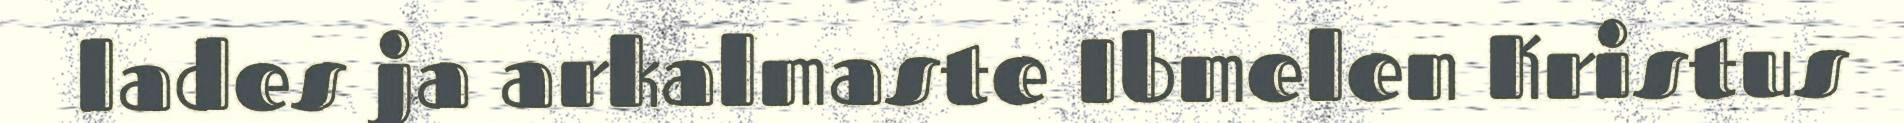
lades ja arkalmaste Ibmelen Kristus